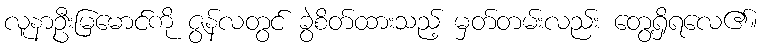
လူနာဦးမြမောင်ကို ဇွန်လတွင် ခွဲစိတ်ထားသည့် မှတ်တမ်းလည်း တွေ့ရှိရလေ၏။